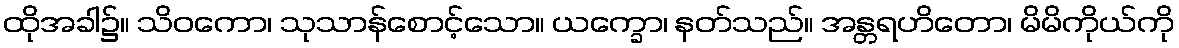
ထိုအခါ၌။ သိဝကော၊ သုသာန်စောင့်သော။ ယက္ခော၊ နတ်သည်။ အန္တရဟိတော၊ မိမိကိုယ်ကို